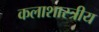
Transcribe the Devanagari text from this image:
कलाशास्त्रीय